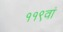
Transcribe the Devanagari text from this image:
११९वां